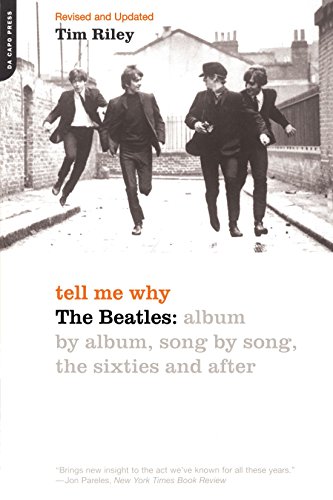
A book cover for Tell Me Why: The Beatles: Album By Album, Song By Song, The Sixties And After; Tim Riley; Humor & Entertainment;